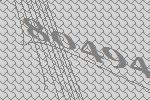
80494